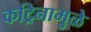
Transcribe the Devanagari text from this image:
कट्रिनामुळे